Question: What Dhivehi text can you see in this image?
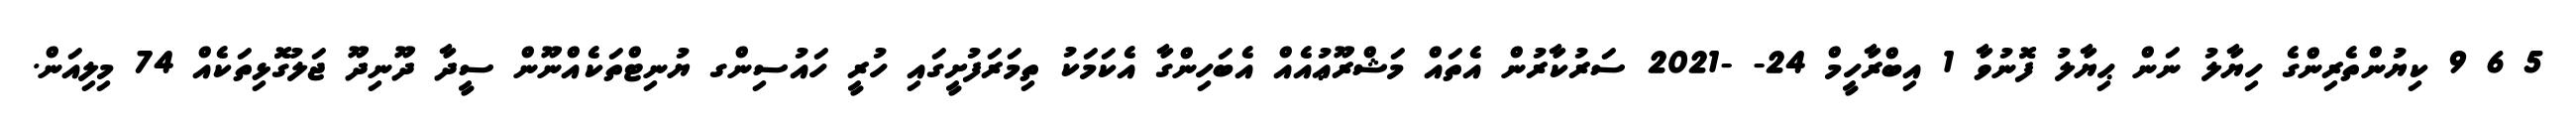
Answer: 5 6 9 ކިޔުންތެރިންގެ ހިޔާލު ނަން ޙިޔާލު ފޮނުވާ 1 އިބްރާހީމް 24- -2021 ސަރުކާރުން އެތައް މަޝްރޫޢުއެއް އެބަހިންގާ އެކަމަކު ތިމަރަފުށީގައި ހުރީ ހައުސިންގ ޔުނިޓްތަކެއްނޫން ސީދާ ދޫނިދޫ ޖަލުގޮޅިތަކެއް 74 މިލިއަން.